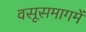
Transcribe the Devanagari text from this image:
वसूसमागमें